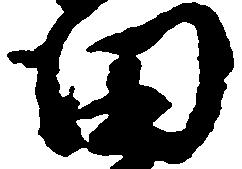
田